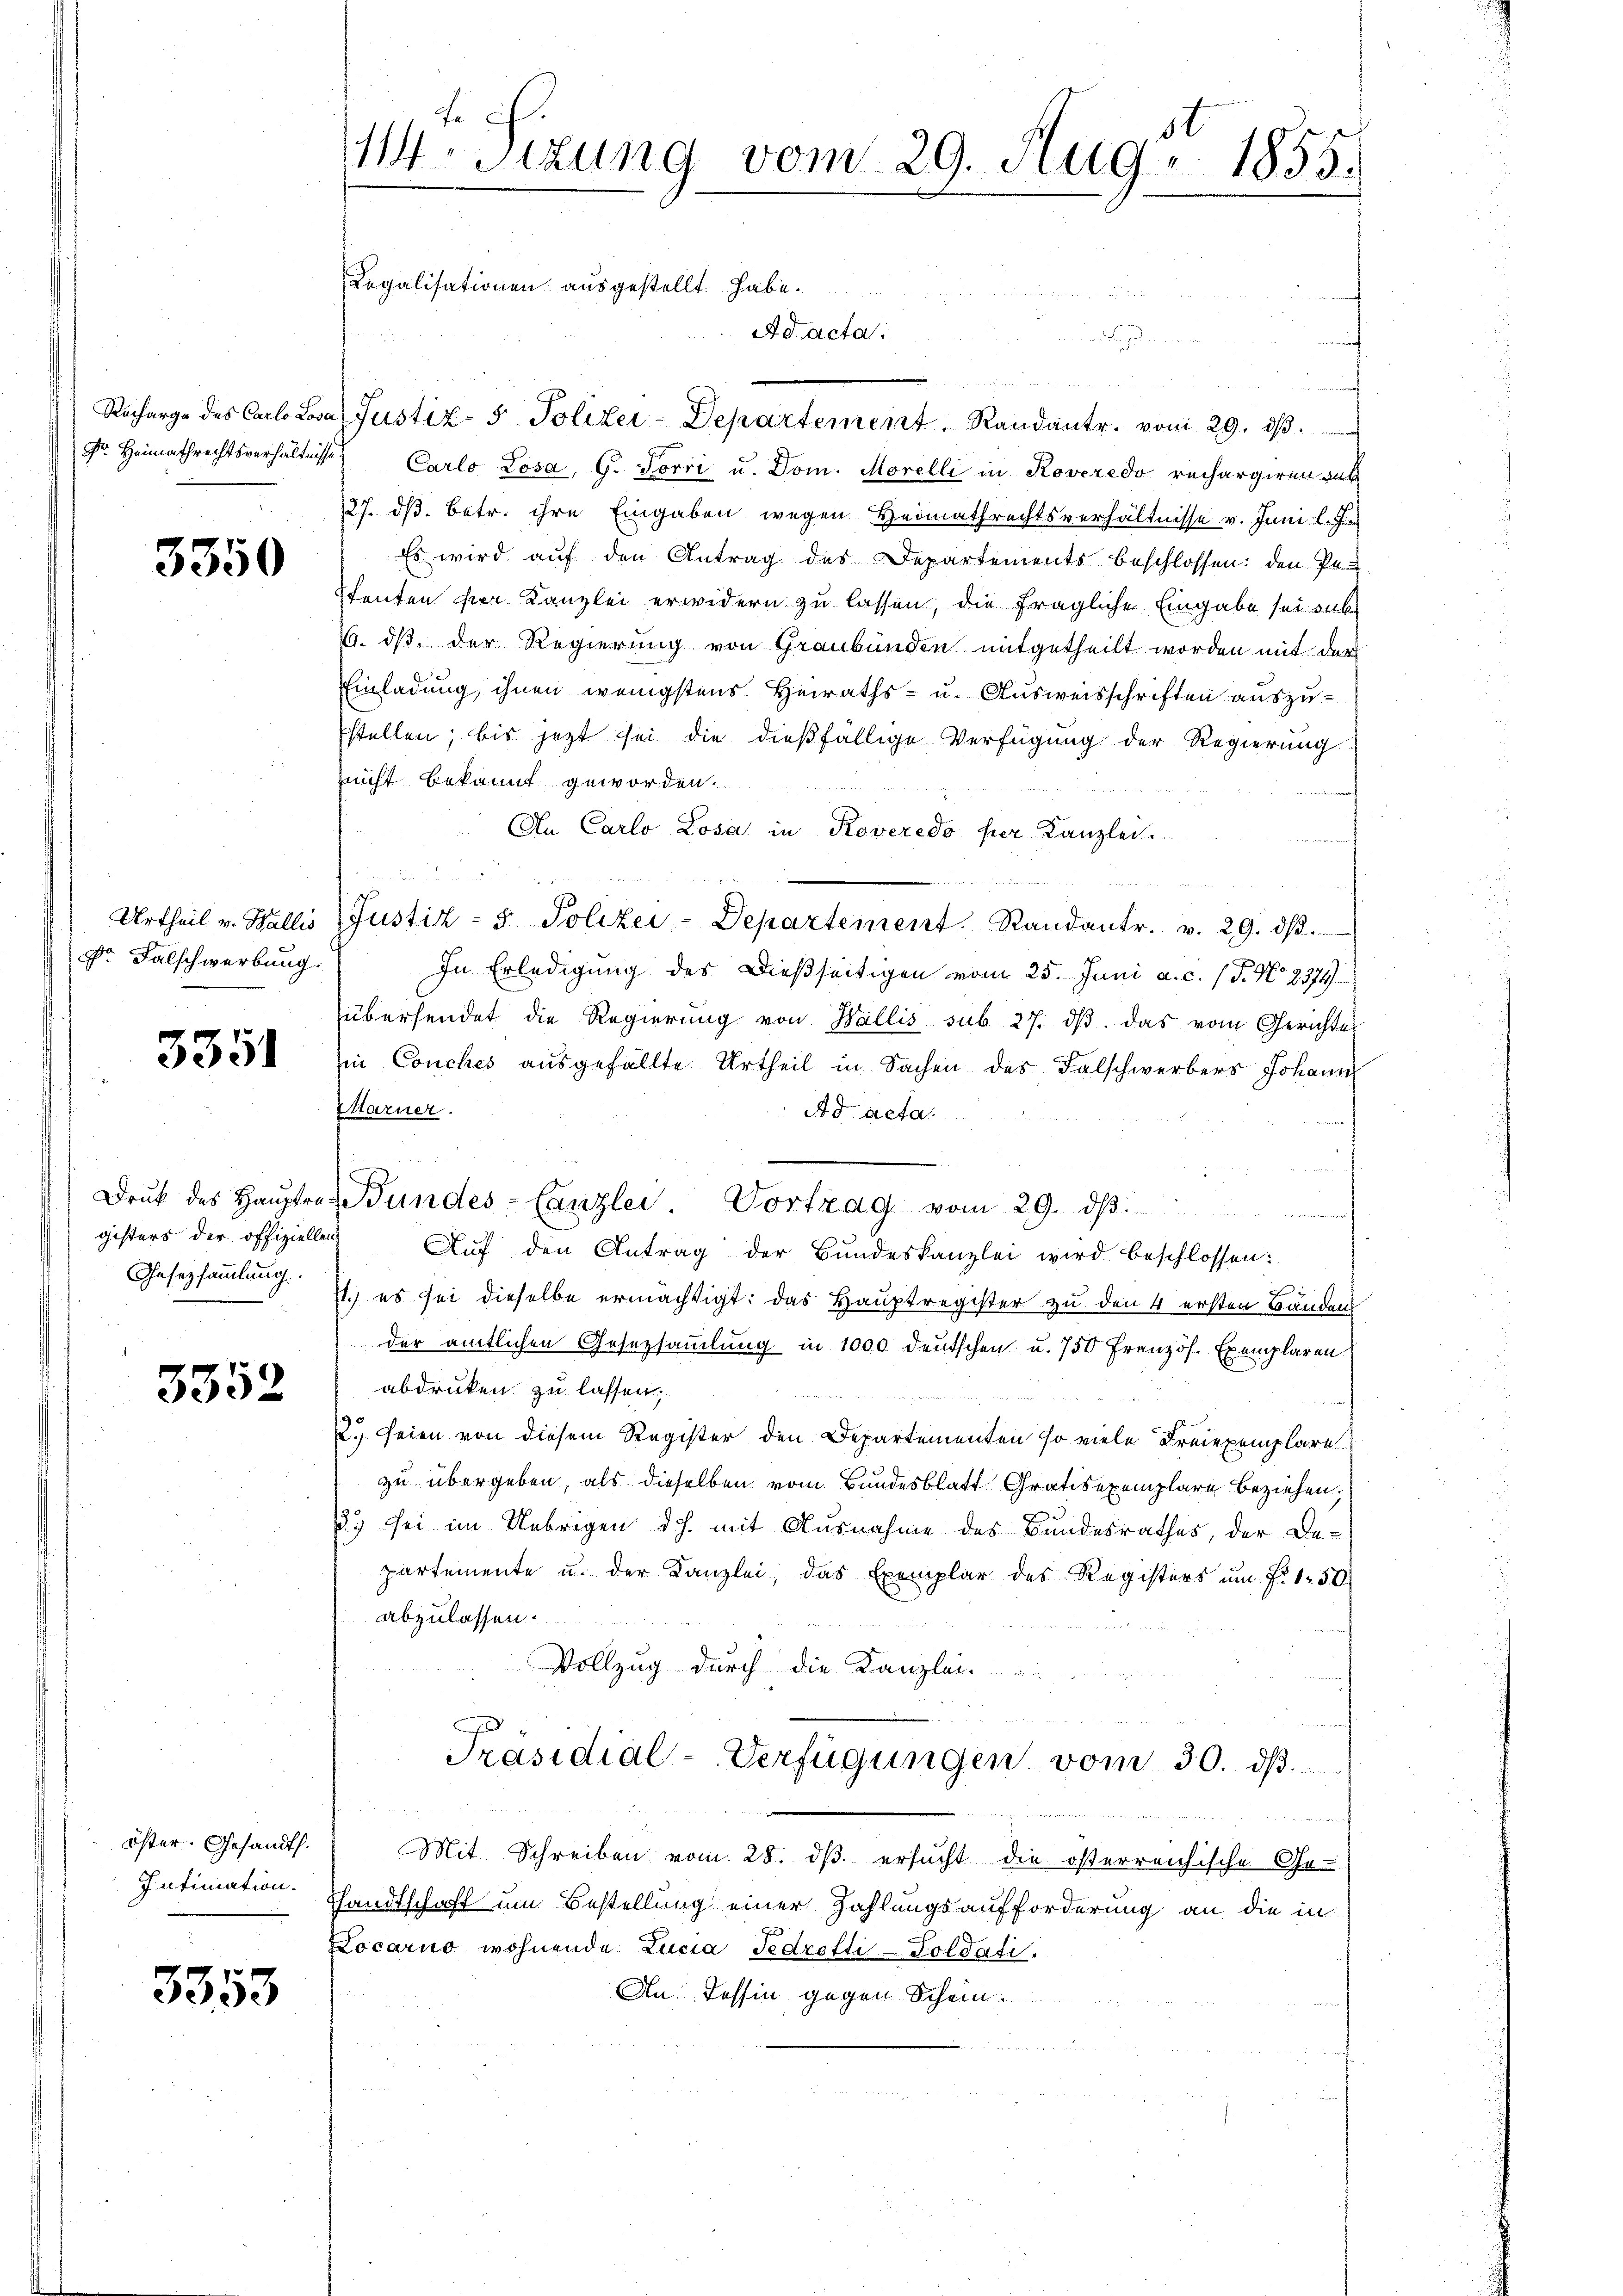
3350

Dr. Falschwerbung.

3351

Gesetzsammlung.

3352

öster. Gesandth.

3353

d
u
Recharge des Carlo Lova Justiz- & Polizei-Departement. Randantr. vom 29. dβ.
Fr. Heimathrechtsverhältnisses Carlo Losa, G. Torri u. Dom. Morelli in Roveredo rechargiren das
27. dβ. betr. ihre Eingaben wegen Heimathrechtsverhältnisse v. Juni l. J.
Es wird auf den Antrag des Departements beschlossen: den Po¬
Etenten hier Kanzlei erwidern zu lassen; die fragliche Eingabe sei sich
%. dß der Regierung von Graubünden mitgetheilt worden mit der
Einladung, ihnen wenigstens Heiraths- u. Ausweisschriften auszu-
stellen; bis jetzt sei die dießfällige Verfügung der Regierung
nicht bekannt geworden.
An Carlo Losa in Roveredo per Kanzlei.
n

Urtheil v. Wallis Justiz- & Polizei-Departement. Standantr. v. 29. dβ.
In Erledigung des Dießseitigen vom 25. Juni a. c. (T. No. 2374
übersendet die Regierŭng von Wallis sub 27. dβ das vom Gerichte
in Conches ausgefällte Urtheil in Sachen des Falschwerbers Johann
Marner.
Ad acta.
Druk des Haŭptrat Wundes-Canzlei- Vortrag vom 29. dβ.
gisters der offizielle Auf den Antrag der Bundeskanzlei wird beschlossen:
.
71.) es sei dieselbe ermächtigt: das Hauptregister zu den 4 ersten Bänden
der amtlichen Gesetzsammlung in 1000 deutschen u. 750 Französ. Exemplaren
abdruken zu lassen;

2.) Seien von diesem Register den Departementen so viele Freiexemplare
zu übergeben, als dieselben vom Bundesblatt Gratisexemplare Beziehen;
3.) sei im Uebrigen dh. mit Ausnahme des Bundesrathes, der Departemente u. der Kanzlei, das Exemplar des Registers ŭm Fr. 150.
abzulassen.
Vollzug durch die Kanzlei
Präsidial-Verfügungen vom 30. dß.
Mit Schreiben vom 28. ds ersucht die österreichische Ge-
Intimation. Handtschaft um Bestellung einer Zahlungsaufforderung an die in
Locarno wohnende Lucia Fedrotti-Goldati
An Tessin gegen Schein

Msizung vom 29. Aug. 1855.

Regalisationen ausgestellt habe.

Ad acta